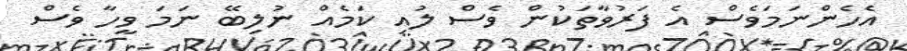
އެހެންނަމަވެސް އެ ފަރުވާތަކުން ވެސް ލުއި ކަމެއް ނުލިބޭ ނަމަ ވީހާ ވެސް